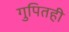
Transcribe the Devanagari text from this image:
गुपितही